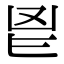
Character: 𮫖